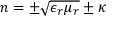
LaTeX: n = \pm { \sqrt { \epsilon _ { r } \mu _ { r } } } \pm \kappa